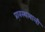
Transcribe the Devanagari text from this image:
प्रावस्थावाली